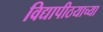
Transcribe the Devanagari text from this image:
विद्यापीठयाच्या